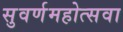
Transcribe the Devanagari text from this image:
सुवर्णमहोत्सवा